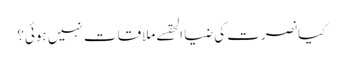
کیا نصرت کی ضیا الحقسے ملاقات نہیں ہوئی؟